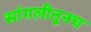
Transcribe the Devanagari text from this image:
सांगलीतूनच